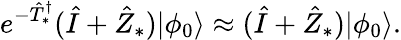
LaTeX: e^{-\hat{T}_{*}^{\dagger}}(\hat{I}+\hat{Z}_{*})|\phi_{0}\rangle\approx(\hat{I}+\hat{Z}_{*})|\phi_{0}\rangle.